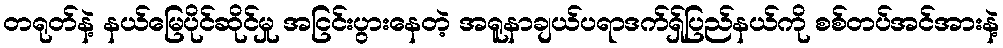
တရုတ်နဲ့ နယ်မြေပိုင်ဆိုင်မှု အငြင်းပွားနေတဲ့ အရူနာချယ်ပရာဒက်ရှ်ပြည်နယ်ကို စစ်တပ်အင်အားနဲ့